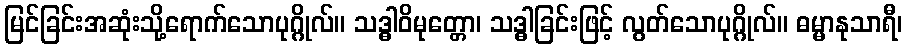
မြင်ခြင်းအဆုံးသို့ရောက်သောပုဂ္ဂိုလ်။ သဒ္ဓါဝိမုတ္တော၊ သဒ္ဓါခြင်းဖြင့် လွတ်သောပုဂ္ဂိုလ်။ ဓမ္မာနုသာရီ၊